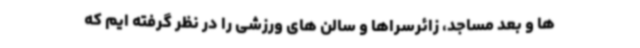
ها و بعد مساجد، زائرسراها و سالن های ورزشی را در نظر گرفته ایم که